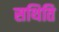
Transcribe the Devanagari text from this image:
सथिति